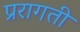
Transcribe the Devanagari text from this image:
प्ररागती